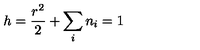
h = \frac { r ^ { 2 } } { 2 } + \sum _ { i } n _ { i } = 1